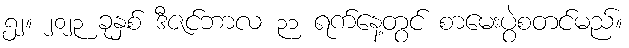
၅၂။ ၂၀၂၃ ခုနှစ် ဒီဇင်ဘာလ ၃၁ ရက်နေ့တွင် စာမေးပွဲစတင်မည်။